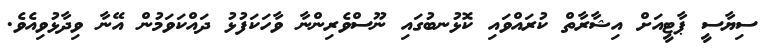
ސިޔާސީ ޕާޓީއަށް އިޝާރާތް ކުރައްވައި ކޮޅުނބުގައި ނޫސްވެރިންނާ ވާހަކަފުޅު ދައްކަވަމުން އޭނާ ވިދާޅުވިއެވެ.